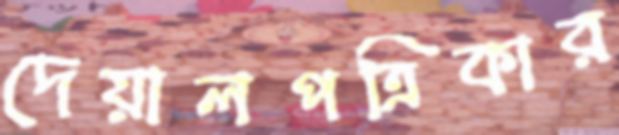
দেয়ালপত্রিকার